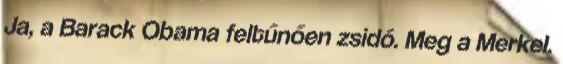
Ja, a Barack Obama feltűnően zsidó. Meg a Merkel.